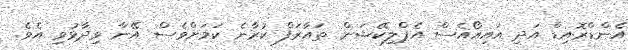
އެންޑްރޮއިޑް އަދި އައިއޯއެސް އެޕްލިކޭޝަން ތައާރަފް ކުރާނެ ކަމަށްވެސް އޭނާ ވިދާޅުވި އެވެ.